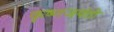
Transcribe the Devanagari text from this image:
कृष्णजयंती